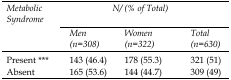
| <ROWSPAN=2> Metabolic Syndrome | <COLSPAN=3> N/(% of Total) |
 | Men (n=308) | Women (n=322) | Total (n=630) |
 | --- | --- | --- | --- |
 | Present *** | 143 (46.4) | 178 (55.3) | 321 (51) |
 | Absent | 165 (53.6) | 144 (44.7) | 309 (49) |